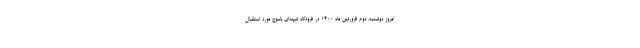
امروز دوشنبه، دوم فروردین ماه ۱۴۰۰ در فرودگاه شهدای یاسوج مورد استقبال